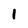
Character: 1